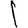
Digit: 1